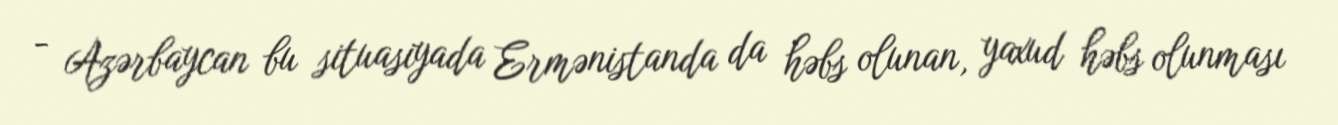
- Azərbaycan bu situasiyada Ermənistanda da həbs olunan, yaxud həbs olunması